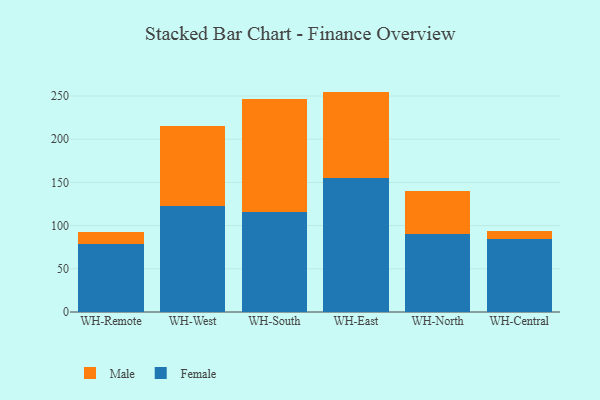
{"axis": {"x": "Warehouse", "y": "Page Views"}, "legend": ["Female", "Male"], "data": [{"x": "WH-Remote", "y": 79.0, "type": "Female"}, {"x": "WH-Remote", "y": 13.7, "type": "Male"}, {"x": "WH-West", "y": 123.1, "type": "Female"}, {"x": "WH-West", "y": 92.3, "type": "Male"}, {"x": "WH-South", "y": 115.4, "type": "Female"}, {"x": "WH-South", "y": 131.3, "type": "Male"}, {"x": "WH-East", "y": 154.7, "type": "Female"}, {"x": "WH-East", "y": 100.4, "type": "Male"}, {"x": "WH-North", "y": 90.7, "type": "Female"}, {"x": "WH-North", "y": 49.2, "type": "Male"}, {"x": "WH-Central", "y": 85.0, "type": "Female"}, {"x": "WH-Central", "y": 8.2, "type": "Male"}]}